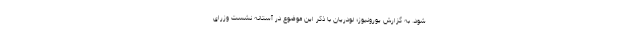
شود. به گزارش یورونیوز؛ لودریان با ذکر این موضوع در آستانه نشست وزرای